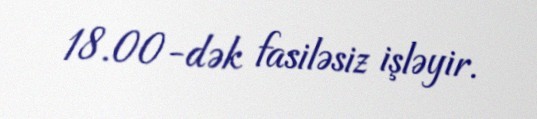
18.00-dək fasiləsiz işləyir.